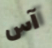
آس